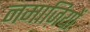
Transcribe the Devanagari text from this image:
नमाज़ियों